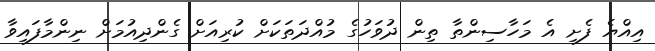
އިއްޔެ ފެށި އެ މަހާސިންތާ ތިން ދުވަހުގެ މުއްދަތަކަށް ކުރިއަށް ގެންދިއުމަށް ނިންމާފައިވާ